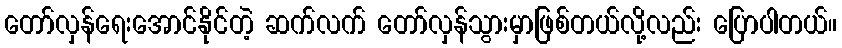
တော်လှန်ရေးအောင်နိုင်တဲ့ ဆက်လက် တော်လှန်သွားမှာဖြစ်တယ်လို့လည်း ပြောပါတယ်။